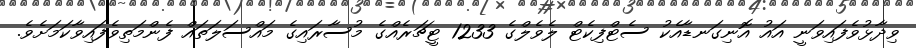
ވިދާޅުވެފައިވަނީ އައު އޮނިގަނޑާއެކު ސެޓްފިކެޓް ލެވެލްގެ 1233 ޓީޗަރެއްގެ މުސާރައިގެ މައްސަލަތައް ފެންމަތިވެފައިވާކަމަށެވެ.